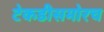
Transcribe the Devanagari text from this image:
टेकडीसमोरच